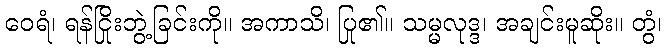
ဝေရံ၊ ရန်ငြိုးဘွဲ့ခြင်းကို။ အကာသိ၊ ပြု၏။ သမ္မလုဒ္ဒ၊ အချင်းမူဆိုး။ တွံ၊